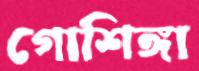
গোশিঙ্গা